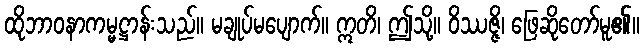
ထိုဘာဝနာကမ္မဋ္ဌာန်းသည်။ မချုပ်မပျောက်။ ဣတိ၊ ဤသို့။ ဝိဿဇ္ဇိ၊ ဖြေဆိုတော်မူ၏။